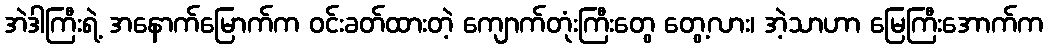
အဲဒါကြီးရဲ့ အနောက်မြောက်က ဝင်းခတ်ထားတဲ့ ကျောက်တုံးကြီးတွေ တွေ့လား၊ အဲ့သာဟာ မြေကြီးအောက်က